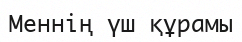
Меннің үш құрамы